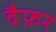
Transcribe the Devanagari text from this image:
वैफ़र